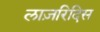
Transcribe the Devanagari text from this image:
लाज़रिदिस